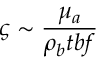
\varsigma \sim \frac { \mu _ { a } } { \rho _ { b } t b f }